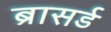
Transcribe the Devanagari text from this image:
ब्रासर्ड